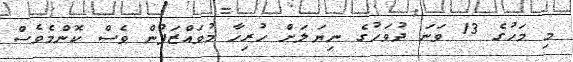
މި މަހުގެ 13 ވަނަ ދުވަހުގެ ނިޔަލަށް ހުރިހާ މުވައްޒަފުން ވެސް ކޮންމެވެސް